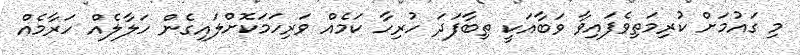
މި ގައުމަށް ކުރިމަތިވެފައިވާ ވަބާއަކީ ތިބާފަދަ ހުރިހާ ކަމެއް ވަރިހަމަކޮށްލައިގެން ހަލާލެއް ހަރާމެއް